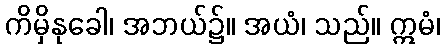
ကိမှိနုခေါ၊ အဘယ်၌။ အယံ၊ သည်။ ဣမံ၊